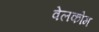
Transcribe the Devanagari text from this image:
वेलकोम